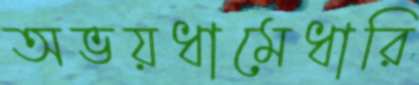
অভয়ধামেধারি